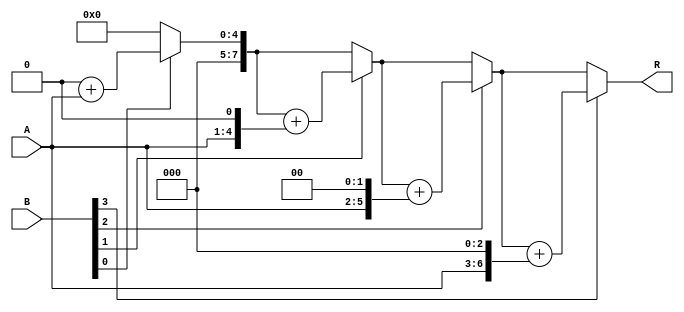
module MULT4B_parameter #(parameter S=4)(R,A,B);
//parameter S=4;
output[2*S:1] R;
input[S:1] A,B;
reg[2*S:1] AT,R;
reg[S:1] BT,ST;
 always @(A,B)
	begin
		R=0;
		AT={{S{1'b0}},A};
		BT=B;
		for(ST=S;ST>0;ST=ST-1)
		begin
			if(BT[1]) R=R+AT;
			AT=AT<<1;
			BT=BT>>1;
		end
	end
endmodule